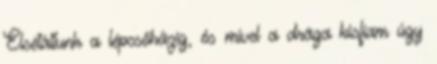
Elsétáltunk a lépcsőházig, és mivel a drága kisfiam úgy